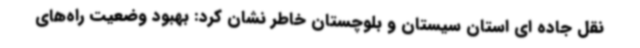
نقل جاده ای استان سیستان و بلوچستان خاطر نشان کرد: بهبود وضعیت راه‌های